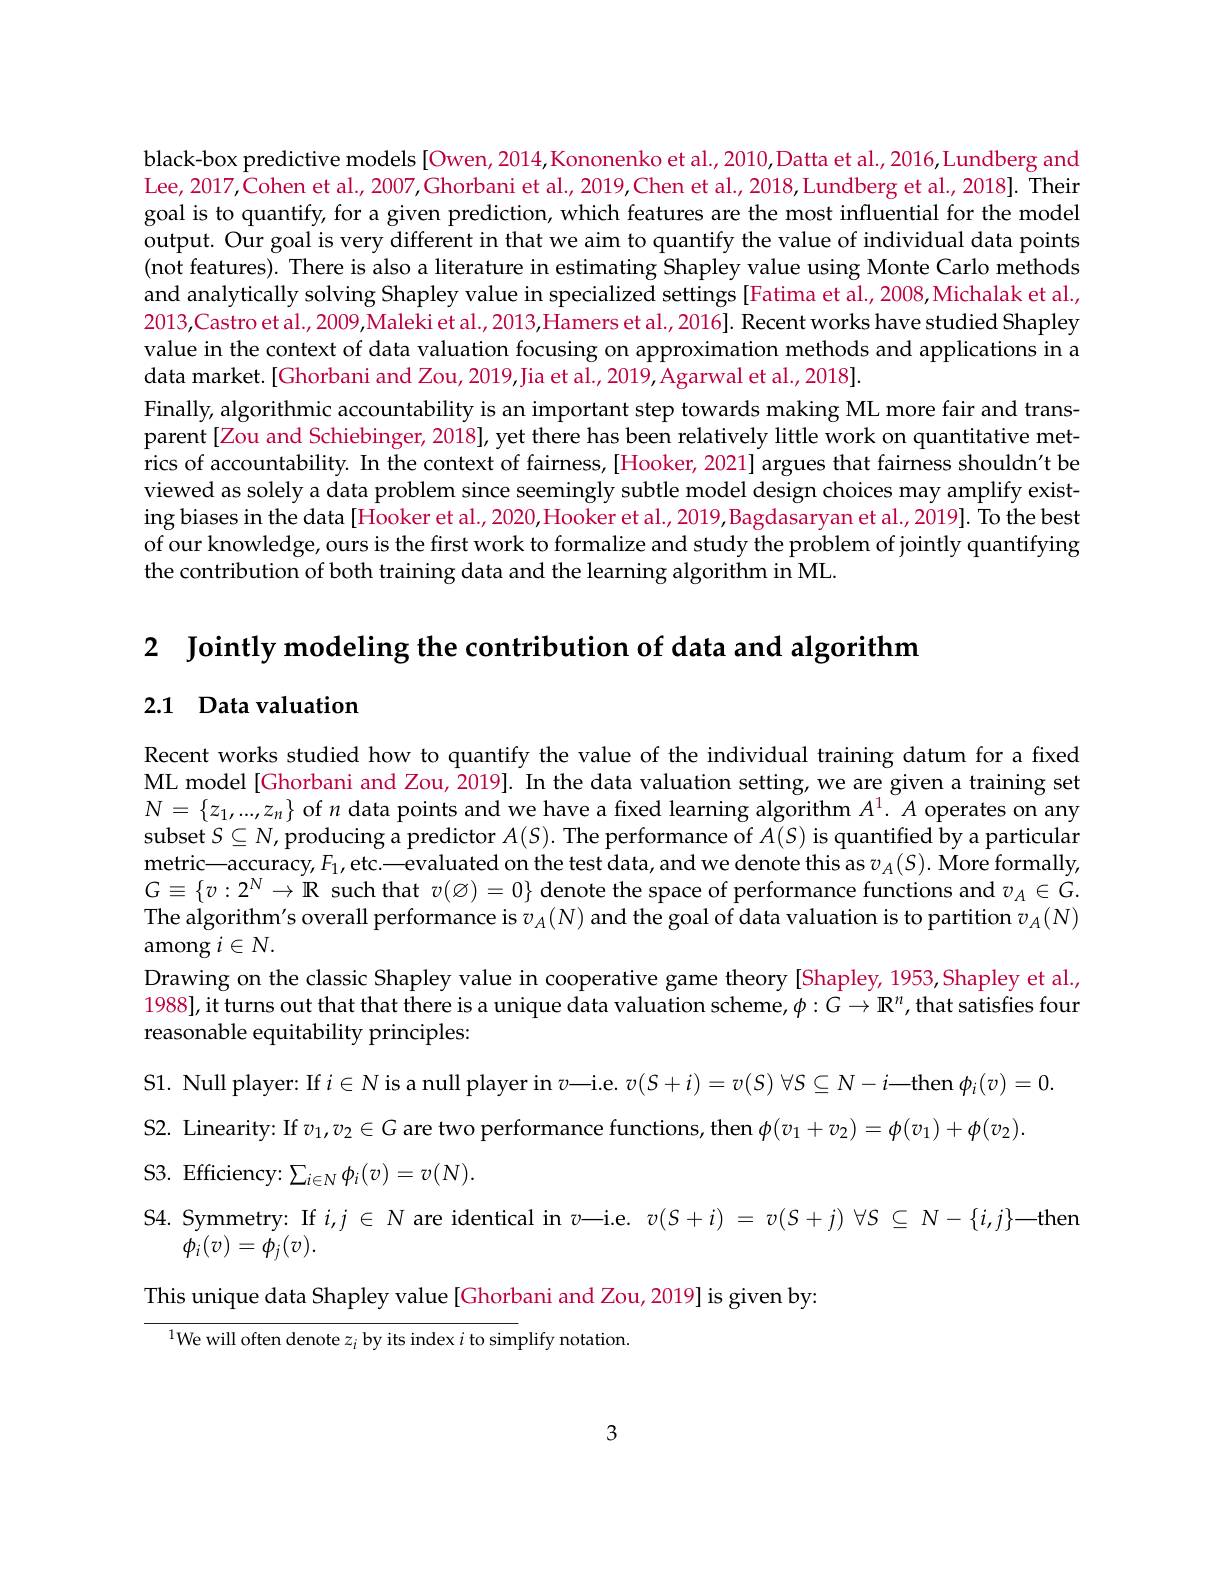
black-box predictive models [Owen, 2014,Kononenko et al., 2010,Datta et al., 2016, Lundberg and Lee, 2017,Cohen et al., 2007,Ghorbani et al., 2019,Chen et al., 2018,Lundberg et al., 2018]. Their goal is to quantify, for a given prediction, which features are the most influential for the model output. Our goal is very different in that we aim to quantify the value of individual data points (not features). There is also a literature in estimating Shapley value using Monte Carlo methods and analytically solving Shapley value in specialized settings [Fatima et al., 2008,Michalak et al. 2013,Castro et al., 2009,Maleki et al., 2013,Hamers et al., 2016]. Recent works have studied Shapley value in the context of data valuation focusing on approximation methods and applications in a data market.[Ghorbani and Zou, 2019,Jia et al., 2019, Agarwal et al., 2018].
Finally, algorithmic accountability is an important step towards making ML more fair and transparent[Zou and Schiebinger, 2018], yet there has been relatively little work on quantitative metrics of accountability. In the context of fairness,[Hooker, 2021] argues that fairness shouldn't be viewed as solely a data problem since seemingly subtle model design choices may amplify existing biases in the data[Hooker et al., 2020,Hooker et al., 2019, Bagdasaryan et al., 2019]. To the best of our knowledge, ours is the first work to formalize and study the problem of jointly quantifying the contribution of both training data and the learning algorithm in ML

2 $\textbf{Jointly modeling the contribution of data and algorithm}$
2.1 Data valuation

Recent works studied how to quantify the value of the individual training datum for a fixed ML model [Ghorbani and Zou, 2019]. In the data valuation setting, we are given a training set $N=\{z_1,...,z_n\}$ of $n$ data points and we have a fixed learning algorithm $A^1.A$ operates on any subset $S\subseteq N$, producing a predictor $A(S).$ The performance of $A(S)$ is quantified by a particular metric—accuracy, $F_1$, etc.—evaluated on the test data, and we denote this as $v_A(S).$ More formally, $G\equiv\{v:2^N\to\mathbb{R}$ such that $v(\varnothing)=0\}$ denote the space of performance functions and $v_A\in G.$ The algorithm's overall performance is $v_A(N)$ and the goal of data valuation is to partition $v_A(N)$ among $i\in N.$
Drawing on the classic Shapley value in cooperative game theory [Shapley, 1953,Shapley et al., 1988], it turns out that that there is a unique data valuation scheme, $\phi:G\to\mathbb{R}^n$, that satisfies four reasonable equitability principles:
S1.  Null player:  If $i\in \mathbb{N}$ is a null player in $v$— i. e.  $v( S+ i) = v( S)$ $\forall S\subseteq N- i$— then $\phi _{i}( v) = 0.$
S2. Linearity: If $v_1,v_2\in G$ are two performance functions, then $\phi(v_1+v_2)=\phi(v_1)+\phi(v_2)$
S3. Efficiency: $\sum_i\in N\phi_i(v)=v(N).$
$\begin{array}{l}\text{S4. Symmetry: If }i,j\in N\text{ are identical in }v—\mathrm{i.e.~}v(S+i)=v(S+j)\forall S\subseteq N-\{i,j\}—\mathrm{then}\\\phi_i(v)=\phi_i(v).\end{array}$
This unique data Shapley value[Ghorbani and Zou, 2019] is given by
$^{1}$We will often denote $z_i$ by its index $i$ to simplify notation.

3